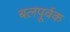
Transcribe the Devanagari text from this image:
बल़पूर्वक